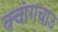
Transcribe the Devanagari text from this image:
क्वांगचाउ